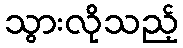
သွားလိုသည့်